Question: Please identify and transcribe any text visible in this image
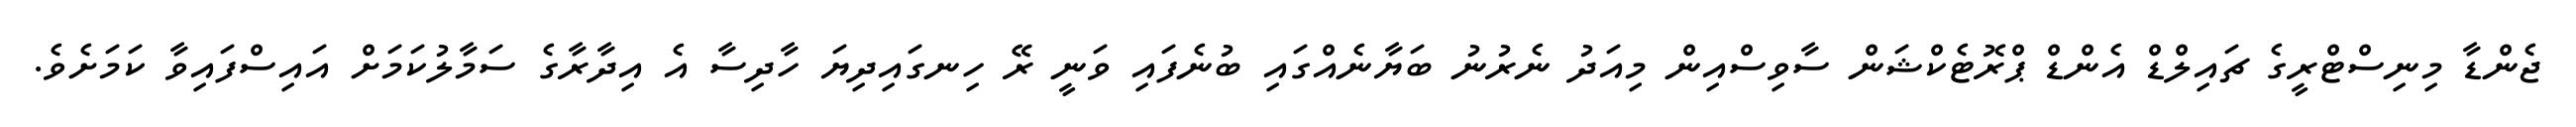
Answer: ޖެންޑާ މިނިސްޓްރީގެ ޗައިލްޑް އެންޑް ޕްރޮޓެކްޝަން ސާވިސްއިން މިއަދު ނެރުނު ބަޔާނެއްގައި ބުނެފައި ވަނީ ރޭ ހިނގައިދިޔަ ހާދިސާ އެ އިދާރާގެ ސަމާލުކަމަށް އައިސްފައިވާ ކަމަށެވެ.